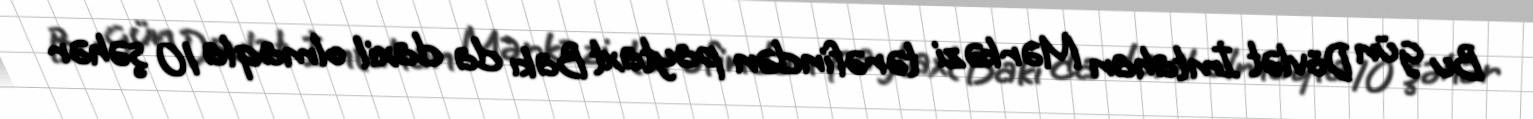
Bu gün Dövlət İmtahan Mərkəzi tərəfindən paytaxt Bakı da daxil olmaqla 10 şəhər